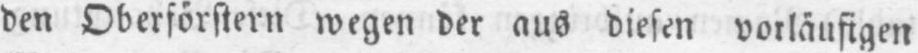
den Oberförstern wegen der aus diesen vorläufigen